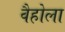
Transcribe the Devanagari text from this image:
वैहोला